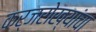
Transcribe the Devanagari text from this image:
कर्जरोख्यांचा